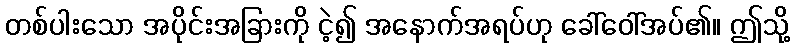
တစ်ပါးသော အပိုင်းအခြားကို ငဲ့၍ အနောက်အရပ်ဟု ခေါ်ဝေါ်အပ်၏။ ဤသို့